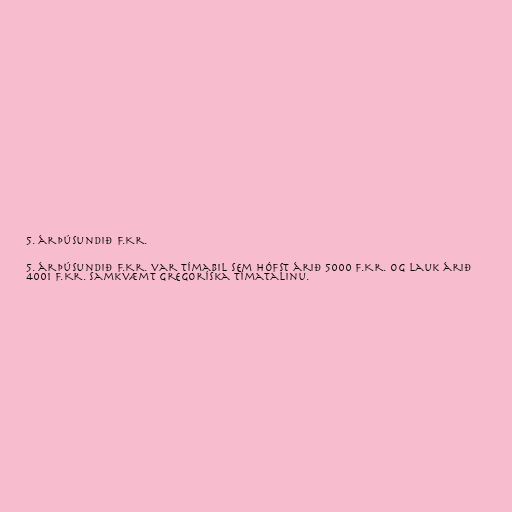
5. árþúsundið f.Kr.

5. árþúsundið f.Kr. var tímabil sem hófst árið 5000 f.Kr. og lauk árið
4001 f.Kr. samkvæmt gregoríska tímatalinu.